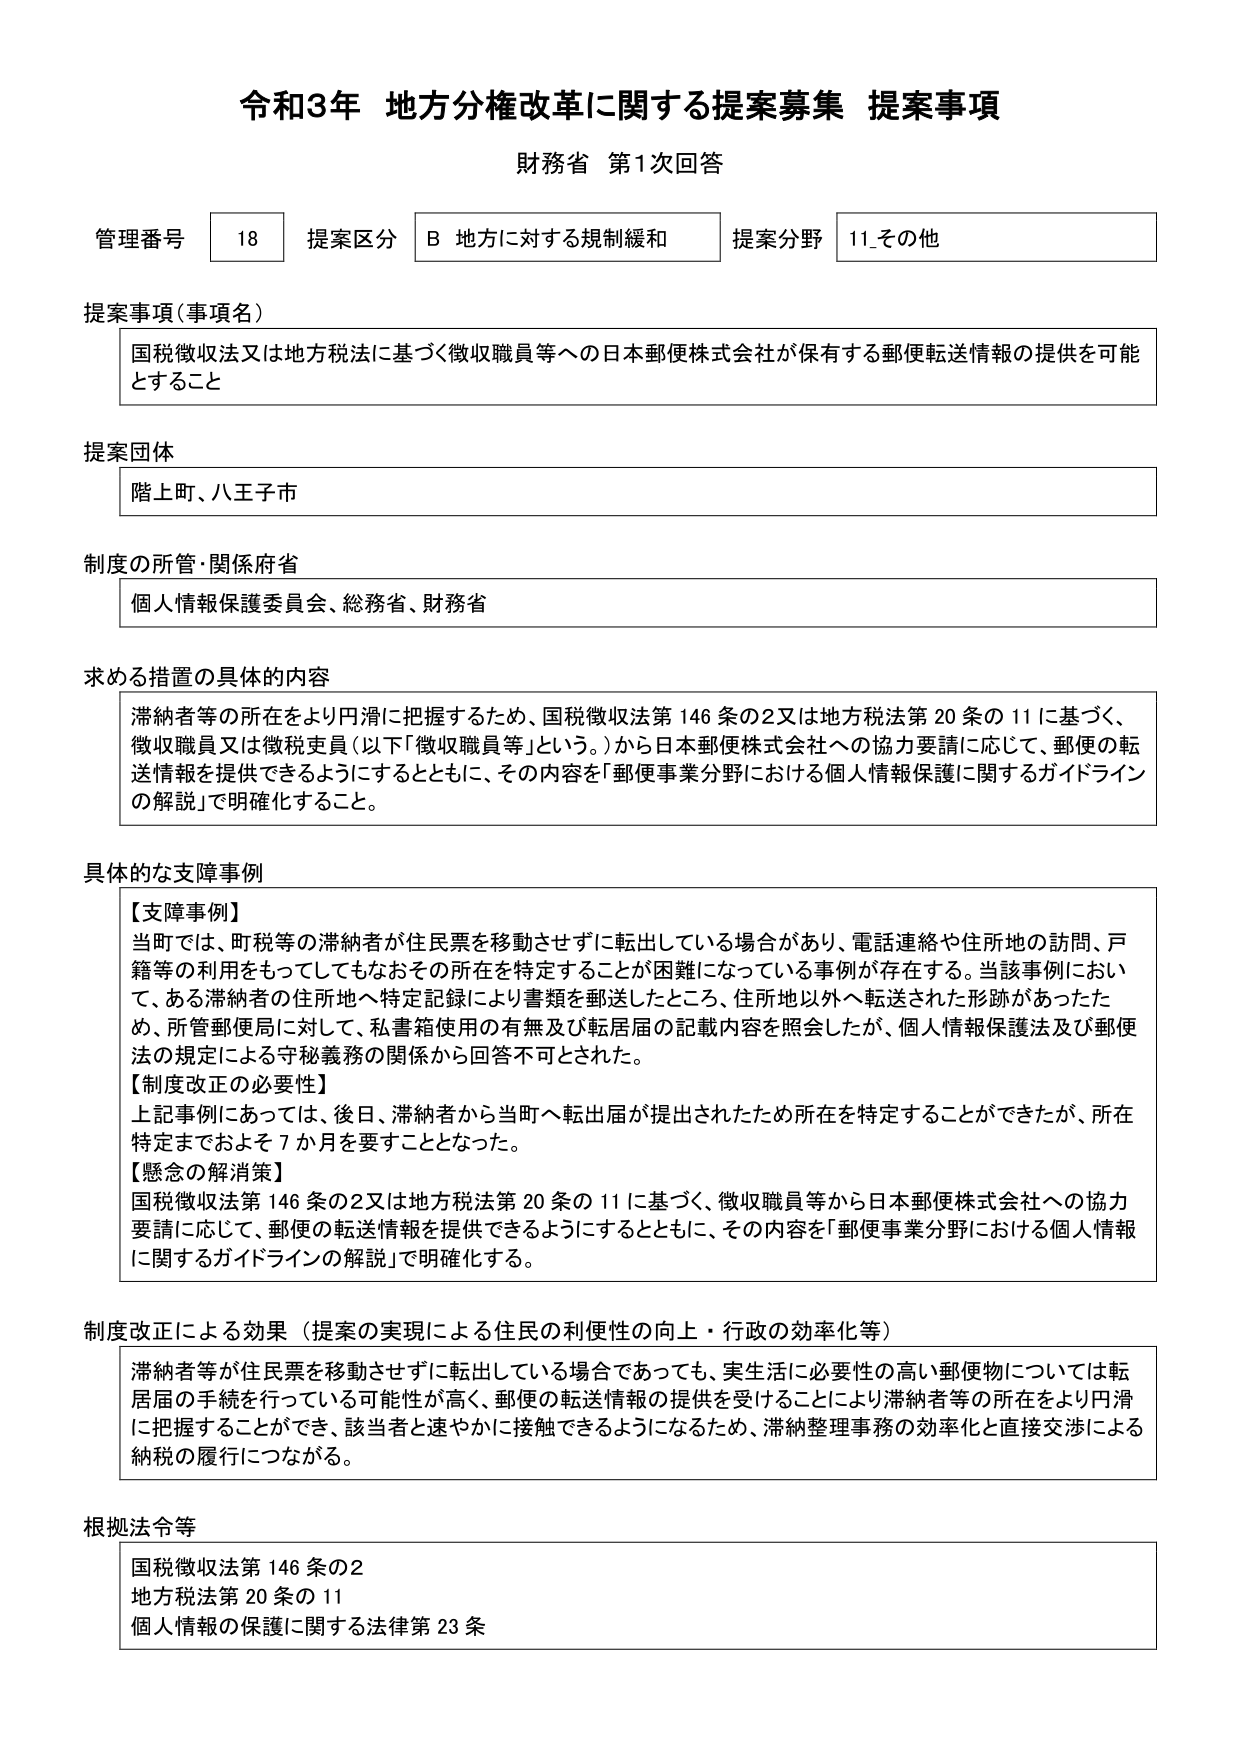
令和3年 地方分権改革に関する提案募集 提案事項
財務省 第1次回答

管理番号 18 提案区分 B 地方に対する規制緩和 提案分野 11_その他

提案事項（事項名）
国税徴収法又は地方税法に基づく徴収職員等への日本郵便株式会社が保有する郵便転送情報の提供を可能とすること

提案団体
階上町、八王子市

制度の所管・関係府省
個人情報保護委員会、総務省、財務省

求める措置の具体的内容
滞納者等の所在をより円滑に把握するため、国税徴収法第146条の2又は地方税法第20条の11に基づく、徴収職員又は徴税吏員（以下「徴収職員等」という。）から日本郵便株式会社への協力要請に応じて、郵便の転送情報を提供できるようにするとともに、その内容を「郵便事業分野における個人情報保護に関するガイドラインの解説」で明確化すること。

具体的な支障事例
【支障事例】
当町では、町税等の滞納者が住民票を移動させずに転出している場合があり、電話連絡や住所地の訪問、戸籍等の利用をもってしてもなおその所在を特定することが困難になっている事例が存在する。当該事例において、ある滞納者の住所地へ特定記録により書類を郵送したところ、住所地以外へ転送された形跡があったため、所管郵便局に対して、私書箱使用の有無及び転居届の記載内容を照会したが、個人情報保護法及び郵便法の規定による守秘義務の関係から回答不可とされた。
【制度改正の必要性】
上記事例にあっては、後日、滞納者から当町へ転出届が提出されたため所在を特定することができたが、所在特定までおよそ7か月を要すこととなった。
【懸念の解消策】
国税徴収法第146条の2又は地方税法第20条の11に基づく、徴収職員等から日本郵便株式会社への協力要請に応じて、郵便の転送情報を提供できるようにするとともに、その内容を「郵便事業分野における個人情報に関するガイドラインの解説」で明確化する。

制度改正による効果（提案の実現による住民の利便性の向上・行政の効率化等）
滞納者等が住民票を移動させずに転出している場合であっても、実生活に必要性の高い郵便物については転居届の手続を行っている可能性が高く、郵便の転送情報の提供を受けることにより滞納者等の所在をより円滑に把握することができ、該当者と速やかに接触できるようになるため、滞納整理事務の効率化と直接交渉による納税の履行につながる。

根拠法令等
国税徴収法第146条の2
地方税法第20条の11
個人情報の保護に関する法律第23条